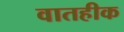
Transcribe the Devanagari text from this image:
वातहीक